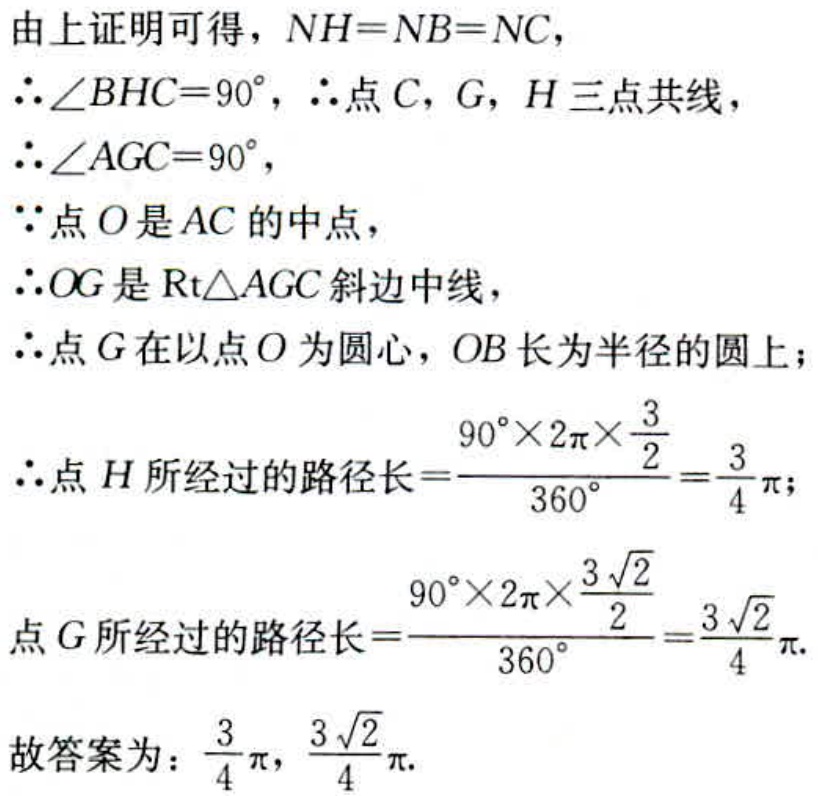
由上证明可得，\(NH = NB = NC\)，
\(\therefore\angle BHC = 90^{\circ}\)，\(\therefore\)点\(C\)，\(G\)，\(H\)三点共线，
\(\therefore\angle AGC = 90^{\circ}\)，
\(\because\)点\(O\)是\(AC\)的中点，
\(\therefore OG\)是\(\text{Rt}\triangle AGC\)斜边中线，
\(\therefore\)点\(G\)在以点\(O\)为圆心，\(OB\)长为半径的圆上；
\(\therefore\)点\(H\)所经过的路径长\(=\frac{90^{\circ}\times2\pi\times\frac{3}{2}}{360^{\circ}}=\frac{3}{4}\pi\)；
点\(G\)所经过的路径长\(=\frac{90^{\circ}\times2\pi\times\frac{3\sqrt{2}}{2}}{360^{\circ}}=\frac{3\sqrt{2}}{4}\pi\).
故答案为：\(\frac{3}{4}\pi\)，\(\frac{3\sqrt{2}}{4}\pi\).